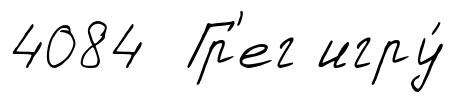
4084 Гр'ег игру́